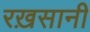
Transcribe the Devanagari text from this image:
रख़सानी